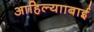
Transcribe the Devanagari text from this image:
आहिल्यााबाई